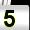
Digit: 5